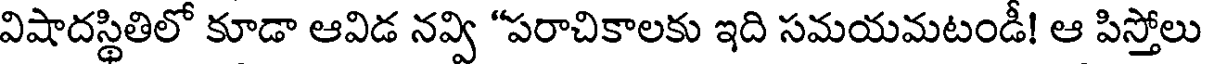
విషాదస్థితిలో కూడా ఆవిడ నవ్వి "పరాచికాలకు ఇది సమయమటండీ! ఆ పిస్తోలు